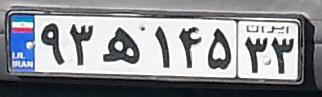
۹۳ه۱۴۵۳۳